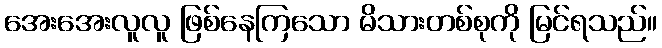
အေးအေးလူလူ ဖြစ်နေကြသော မိသားတစ်စုကို မြင်ရသည်။